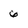
Character: 6